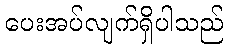
ပေးအပ်လျက်ရှိပါသည်